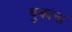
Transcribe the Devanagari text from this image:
चुकांना